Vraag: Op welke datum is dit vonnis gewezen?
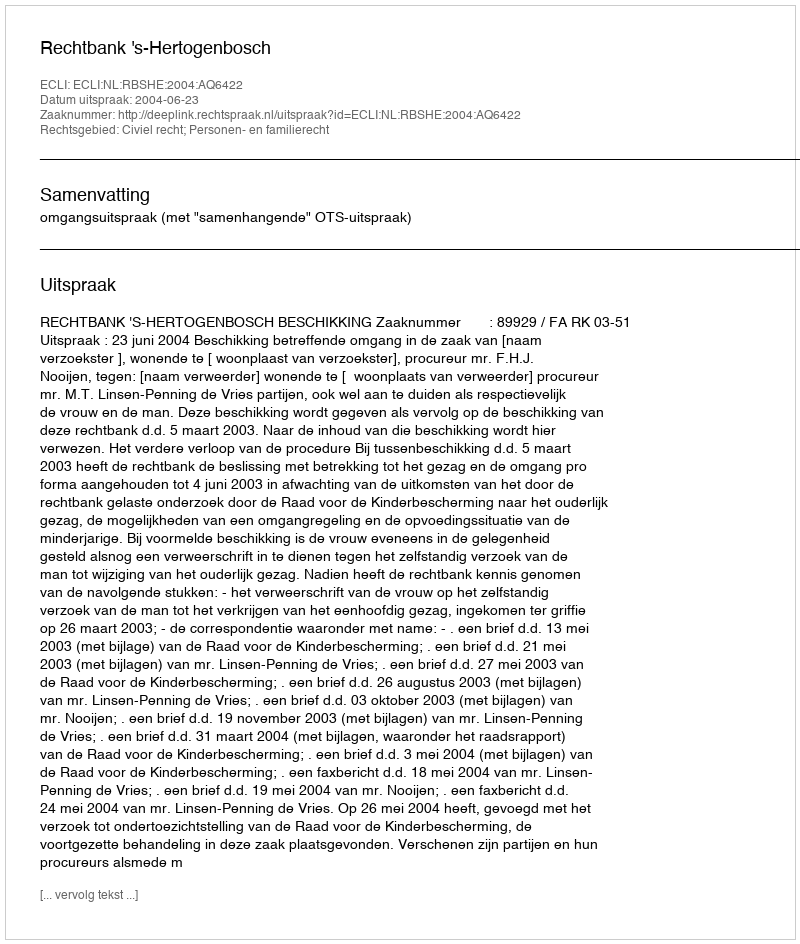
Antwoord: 2004-06-23